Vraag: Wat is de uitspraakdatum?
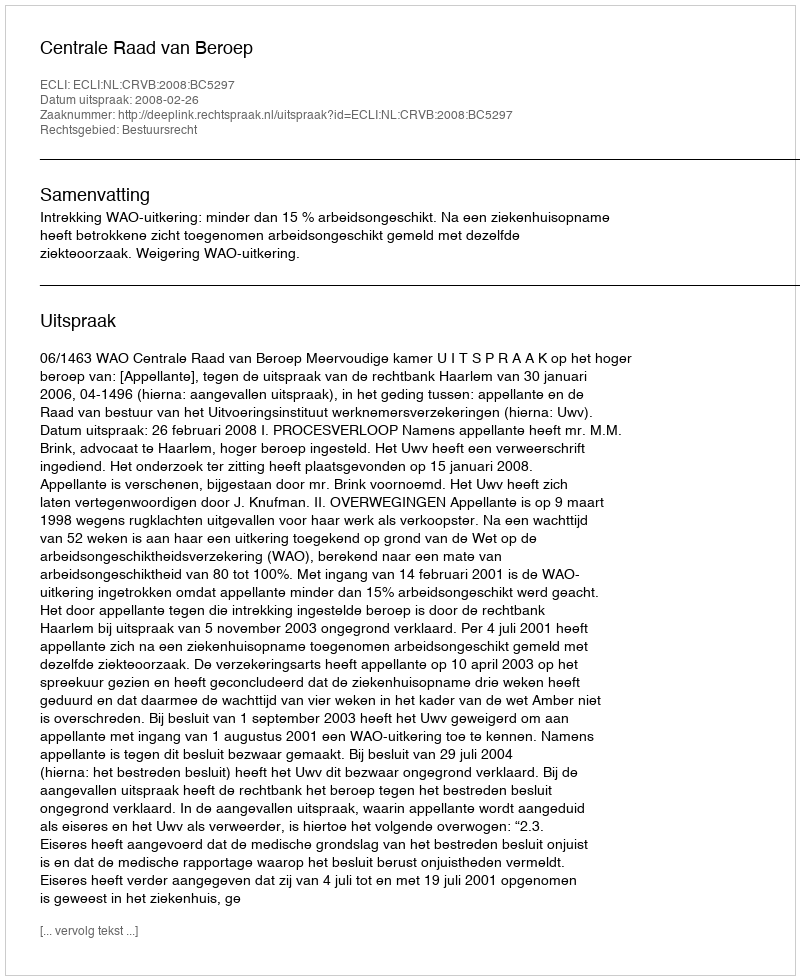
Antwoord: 2008-02-26